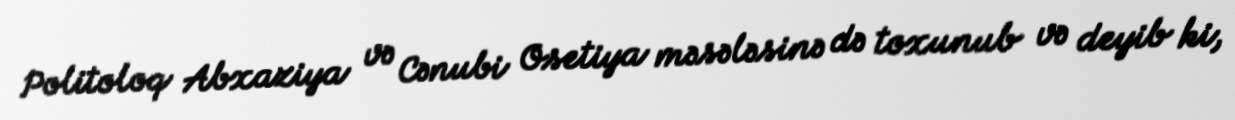
Politoloq Abxaziya və Cənubi Osetiya məsələsinə də toxunub və deyib ki,